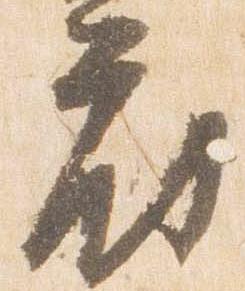
府